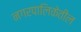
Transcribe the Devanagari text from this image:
नगरपालिकेतील